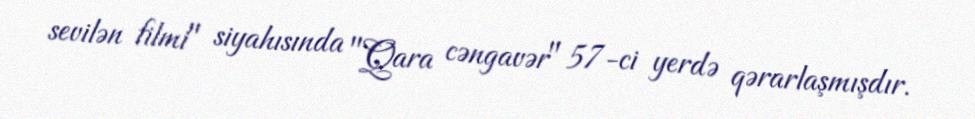
sevilən filmi" siyahısında "Qara cəngavər" 57-ci yerdə qərarlaşmışdır.